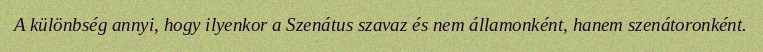
A különbség annyi, hogy ilyenkor a Szenátus szavaz és nem államonként, hanem szenátoronként.